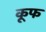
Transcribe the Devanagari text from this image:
कूफ